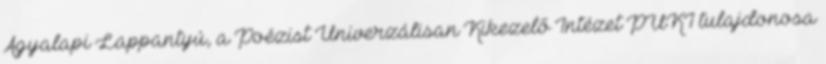
Agyalapi Lappantyú, a Poézist Univerzálisan Kikezelő Intézet PUKI tulajdonosa